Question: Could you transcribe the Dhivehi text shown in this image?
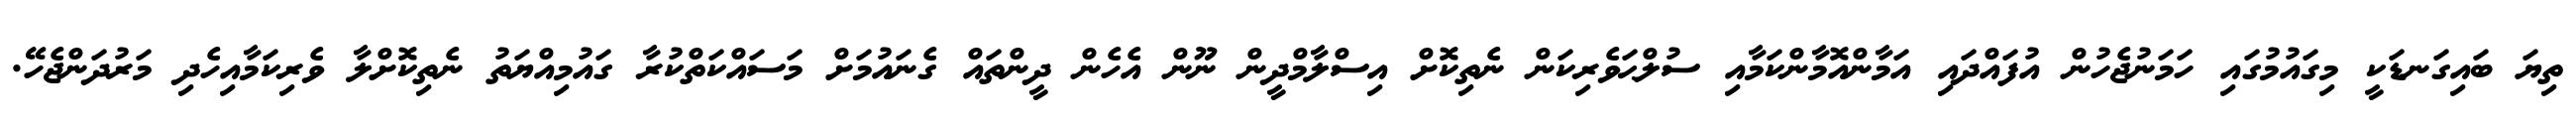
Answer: ތިޔަ ބައިގަނޑަކީ މިގައުމުގައި ހަމަނުޖެހުން އުފައްދައި އަމާންއޮމާންކަމާއި ސުލްޙަވެރިކަން ނެތިކޮށް އިސްލާމްދީން ނޫން އެހެން ދީންތައް ގެނައުމަށް މަސައްކަތްކުރާ ގައުމިއްޔަތު ނެތިކޮށްލާ ވެރިކަމާއިހެދި މަރުދަންޖެހޭ.